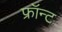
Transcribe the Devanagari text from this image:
फ्रॉन्ट